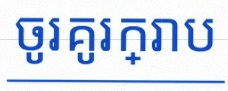
ចូរគូរក្រាប